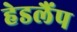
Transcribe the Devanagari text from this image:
हेडलैंप